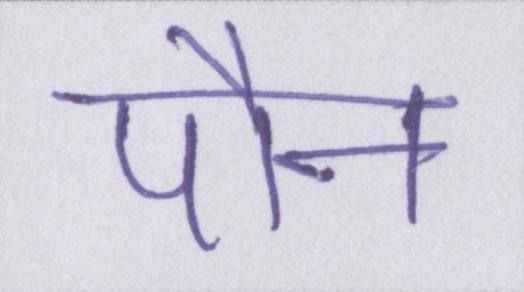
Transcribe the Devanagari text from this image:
पौन